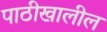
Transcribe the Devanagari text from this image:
पाठीखालील